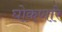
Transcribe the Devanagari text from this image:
घोकणारे